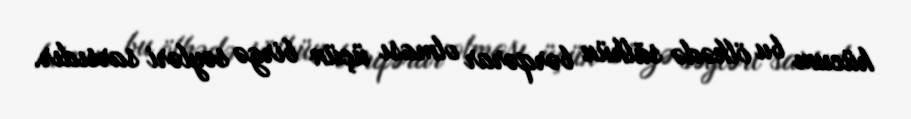
hücum bu ölkədə sülhün bərqərar olması üçün birgə səyləri sarsıdır.